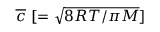
\overline { { c } } \ [ = \sqrt { 8 R T / \pi M } ]